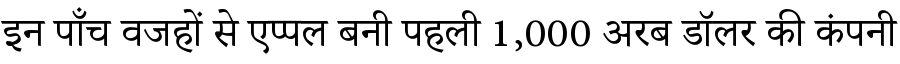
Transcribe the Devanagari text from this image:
इन पाँच वजहों से एप्पल बनी पहली 1,000 अरब डॉलर की कंपनी